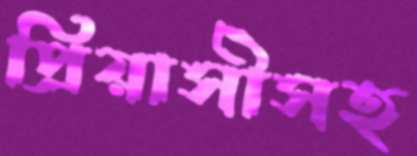
প্রিয়াসীসহ